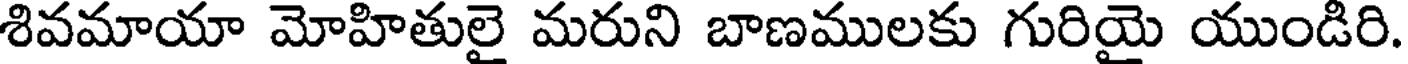
శివమాయా మోహితులై మరుని బాణములకు గురియై యుండిరి